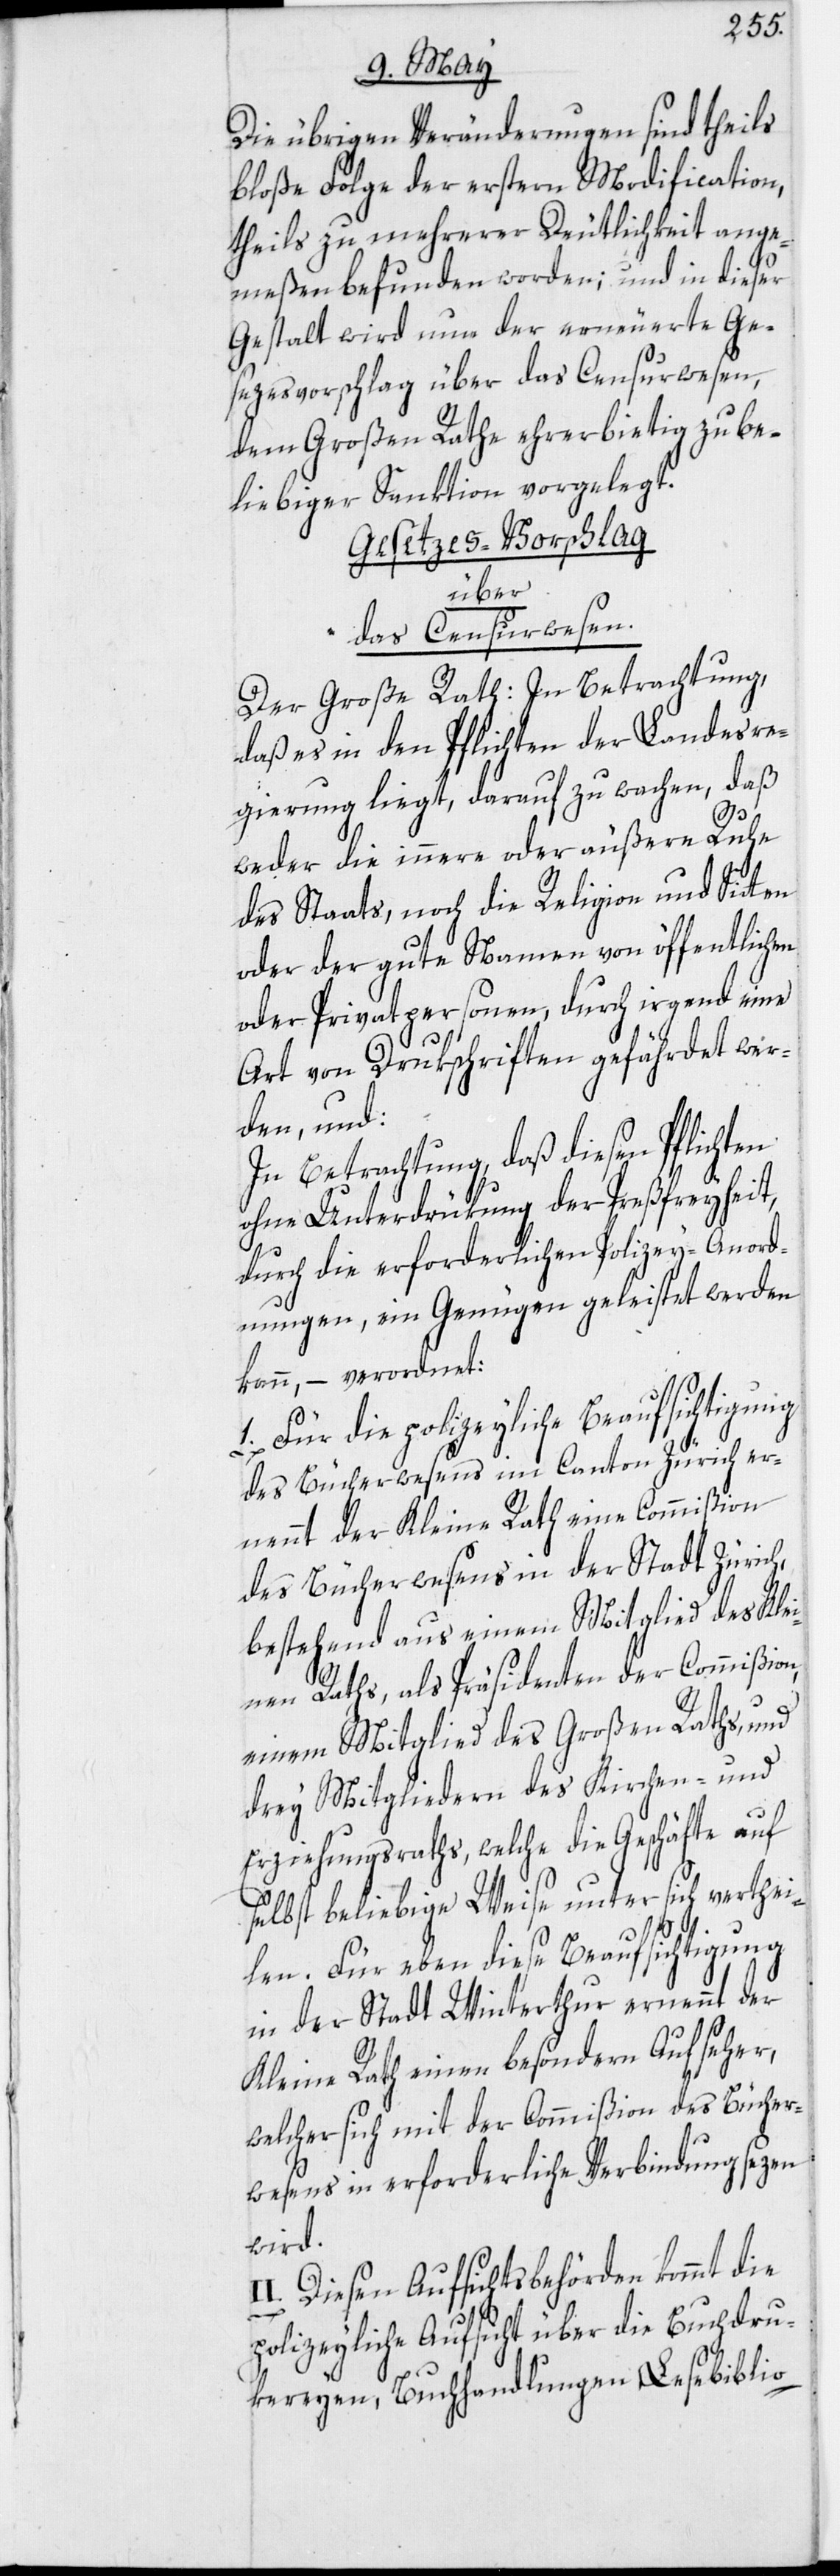
Die übrigen Veränderungen sind theils
bloße Folge der erstern Modification,
theils zu mehrerer Deutlichkeit ange¬
meßen befunden worden; und in dieser
Gestalt wird nun der erneuerte Ge¬
sezesvorschlag über das Censurwesen,
dem Großen Rathe ehrerbietig zu be¬
liebiger Sanktion vorgelegt.
Gesezes-Vorschlag
über
das Censurwesen.
Der Große Rath: In Betrachtung,
daß es in den Pflichten der Landesre¬
gierung liegt, darauf zu wachen, daß
weder die innere oder äußere Ruhe
des Staats, noch die Religion und Sitten
oder der gute Namen von öffentlichen
oder Privatpersonen, durch irgend eine
Art von Drukschriften gefährdet wer¬
den, und:
In Betrachtung, daß diesen Pflichten
ohne Unterdrükung der Preßfreyheit,
durch die erforderlichen Polizey-Anord¬
nungen, ein Genügen geleistet werden
kann, – verordnet:
I.] Für die polizeyliche Beaufsichtigung
des Bücherwesens im Canton Zürich er¬
nennt der Kleine Rath eine Commißion
des Bücherwesens in der Stadt Zürich,
bestehend aus einem Mitglied des Klei¬
nen Raths, als Präsidenten der Commißion,
einem Mitglied des Großen Raths, und
drey Mitgliedern des Kirchen- und
Erziehungsraths, welche die Geschäfte auf
selbst beliebige Weise unter sich verthei¬
1.
len. Für eben diese Beaufsichtigung
in der Stadt Winterthur ernennt der
Kleine Rath einen besondern Aufseher,
welcher sich mit der Commißion des Bücher¬
wesens in erforderliche Verbindung sezen
wird.
II. Diesen Aufsichtsbehörden kommt die
polizeyliche Aufsicht über die Buchdru¬
kereyen, Buchhandlungen, Lesebiblio-